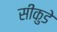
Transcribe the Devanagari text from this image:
सीकुडे